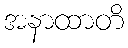
အနာထာတိ